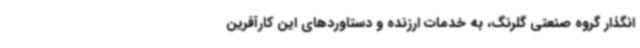
انگذار گروه صنعتی گلرنگ، به خدمات ارزنده و دستاوردهای این کارآفرین